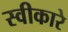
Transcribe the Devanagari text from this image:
स्‍वीकारे